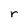
Character: r